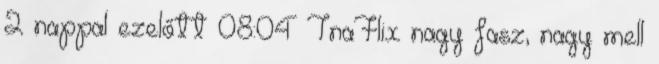
2 nappal ezelőtt 08:04 TnaFlix nagy fasz, nagy mell